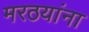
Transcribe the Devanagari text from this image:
मरठयांना